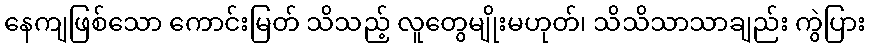
နေကျဖြစ်သော ကောင်းမြတ် သိသည့် လူတွေမျိုးမဟုတ်၊ သိသိသာသာချည်း ကွဲပြား